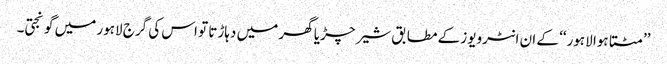
’’مٹتا ہوا لاہور‘‘ کے ان انٹرویوز کے مطابق شیر چڑیا گھر میں دہاڑتا تو اس کی گرج لاہور میں گونجتی۔